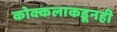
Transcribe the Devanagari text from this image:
कोक्कलाकडूनही